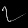
Digit: ၇